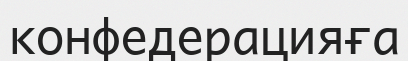
конфедерацияға